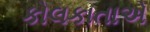
કોલકાતાએ